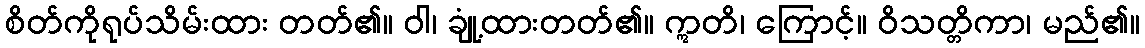
စိတ်ကိုရုပ်သိမ်းထား တတ်၏။ ဝါ၊ ချုံ့ထားတတ်၏။ ဣတိ၊ ကြောင့်။ ဝိသတ္တိကာ၊ မည်၏။